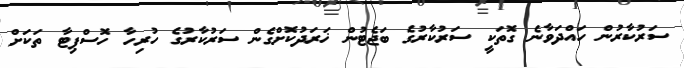
ސަރުކާރުން ހައްދަވާނެ ގޮތަކީ ސަރުކާރުގެ ބަޖެޓުން ޚަރަދުކޮށްގެން ސަރުކާރުގެ ހުރިހާ ހޮސްޕިޓާ ތަކަށް